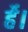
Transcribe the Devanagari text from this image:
र्हे।